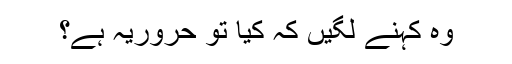
وہ کہنے لگیں کہ کیا تو حروریہ ہے؟